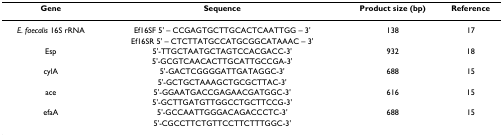
<table><thead><tr><td><b>Gene</b></td><td><b>Sequence</b></td><td><b>Product size (bp)</b></td><td><b>Reference</b></td></tr></thead><tbody><tr><td><i>E. faecalis </i>16S rRNA</td><td>Ef16SF 5&#x27; – CCGAGTGCTTGCACTCAATTGG – 3&#x27;</td><td>138</td><td>17</td></tr><tr><td></td><td>Ef16SR 5&#x27; – CTCTTATGCCATGCGGCATAAAC – 3&#x27;</td><td></td><td></td></tr><tr><td>Esp</td><td>5&#x27;-TTGCTAATGCTAGTCCACGACC-3&#x27;</td><td>932</td><td>18</td></tr><tr><td></td><td>5&#x27;-GCGTCAACACTTGCATTGCCGA-3&#x27;</td><td></td><td></td></tr><tr><td>cylA</td><td>5&#x27;-GACTCGGGGATTGATAGGC-3&#x27;</td><td>688</td><td>15</td></tr><tr><td></td><td>5&#x27;-GCTGCTAAAGCTGCGCTTAC-3&#x27;</td><td></td><td></td></tr><tr><td>ace</td><td>5&#x27;-GGAATGACCGAGAACGATGGC-3&#x27;</td><td>616</td><td>15</td></tr><tr><td></td><td>5&#x27;-GCTTGATGTTGGCCTGCTTCCG-3&#x27;</td><td></td><td></td></tr><tr><td>efaA</td><td>5&#x27;-GCCAATTGGGACAGACCCTC-3&#x27;</td><td>688</td><td>15</td></tr><tr><td></td><td>5&#x27;-CGCCTTCTGTTCCTTCTTTGGC-3&#x27;</td><td></td><td></td></tr></tbody></table>